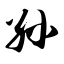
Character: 孙